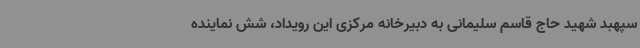
سپهبد شهید حاج قاسم سلیمانی به دبیرخانه مرکزی این رویداد، شش نماینده